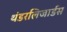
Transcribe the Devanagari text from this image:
थंडरलिजार्डस